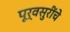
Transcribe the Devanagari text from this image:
पूर्वसुरींचे